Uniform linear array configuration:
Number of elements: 4
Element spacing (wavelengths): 0.25
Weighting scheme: hamming
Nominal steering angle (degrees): -15
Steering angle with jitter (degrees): -15.462
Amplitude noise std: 0.05
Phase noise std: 0.05

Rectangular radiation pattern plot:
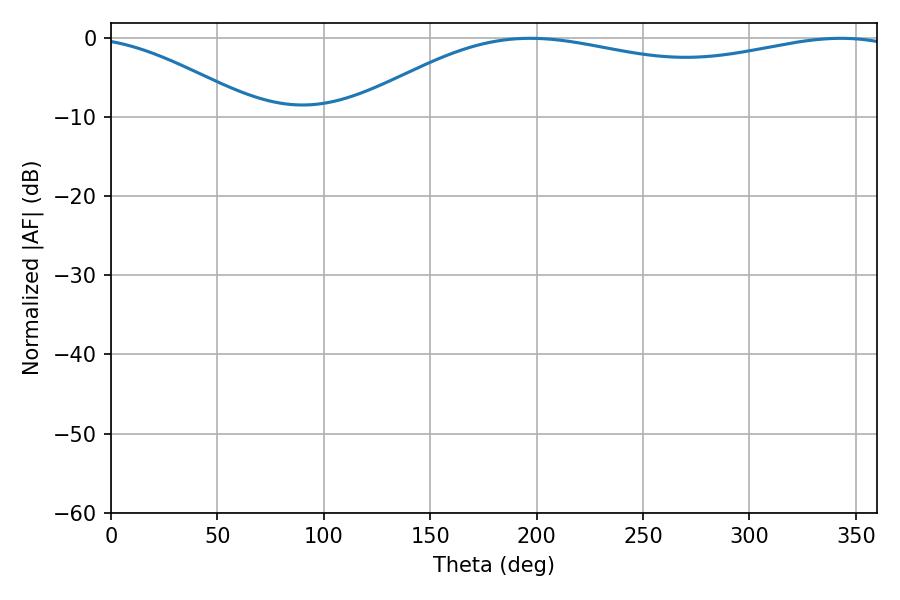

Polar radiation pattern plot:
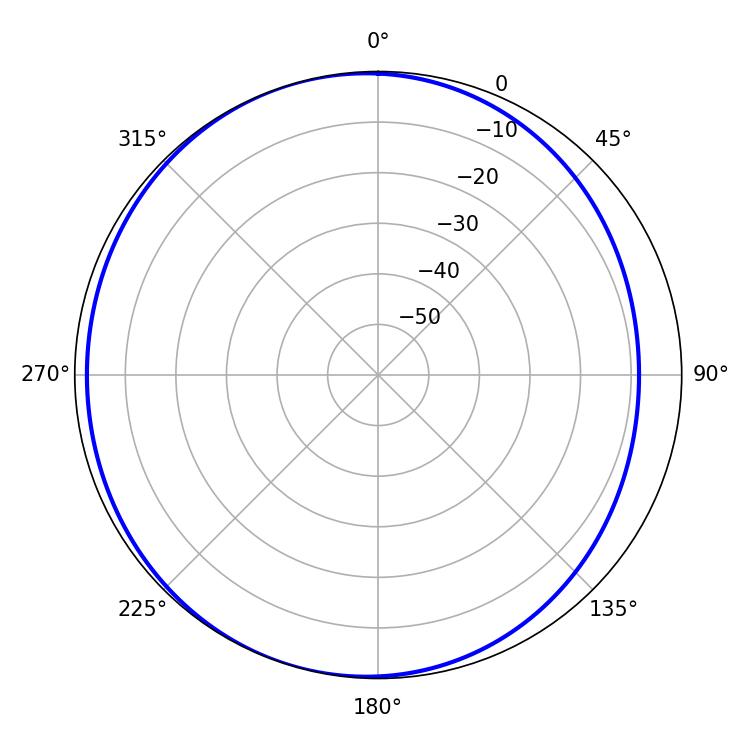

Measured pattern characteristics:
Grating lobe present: FALSE
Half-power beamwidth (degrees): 209.7
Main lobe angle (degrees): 196.92